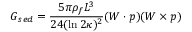
\boldsymbol { G } _ { s e d } = \frac { 5 \pi \rho _ { f } L ^ { 3 } } { 2 4 ( \ln 2 \kappa ) ^ { 2 } } ( \boldsymbol { W } \cdot \boldsymbol { p } ) ( \boldsymbol { W } \times \boldsymbol { p } )